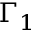
\Gamma _ { 1 }